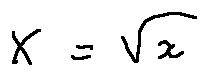
X = \sqrt { x }